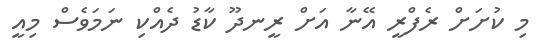
މި ކުށަށް ރެފްރީ އޭނާ އަށް ރީނދޫ ކާޑު ދެއްކި ނަމަވެސް މިއީ